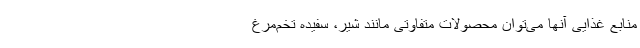
منابع غذایی آنها می‌توان محصولات متفاوتی مانند شیر، سفیده تخم‌مرغ